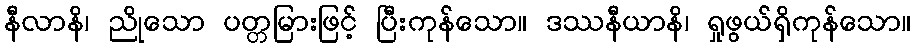
နီလာနိ၊ ညိုသော ပတ္တမြားဖြင့် ပြီးကုန်သော။ ဒဿနီယာနိ၊ ရှုဖွယ်ရှိကုန်သော။